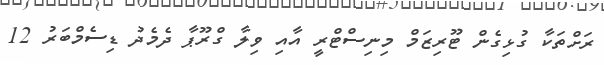
ރަށްތަކާ ގުޅިގެން ޓޫރިޒަމް މިނިސްޓްރީ އާއި ވިލާ ގްރޫޕާ ދެމެދު ޑިސެމްބަރު 12